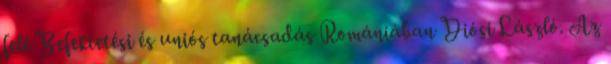
felé Befektetési és uniós tanácsadás Romániában Diósi László. Az